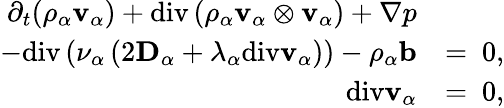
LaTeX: \begin{array}{rl}{\partial_{t}(\rho_{\alpha}\mathbf{v}_{\alpha})+\mathrm{div}\left(\rho_{\alpha}\mathbf{v}_{\alpha}\otimes\mathbf{v}_{\alpha}\right)+\nabla p}&{}\\ {-\mathrm{div}\left(\nu_{\alpha}\left(2\mathbf{D}_{\alpha}+\lambda_{\alpha}\mathrm{div}\mathbf{v}_{\alpha}\right)\right)-\rho_{\alpha}\mathbf{b}}&{=~0,}\\ {\mathrm{div}\mathbf{v}_{\alpha}}&{=~0,}\end{array}